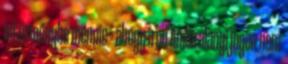
intézménybe mennie – ahogy írod Anéla alanyi jogon nem